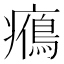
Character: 𤻉